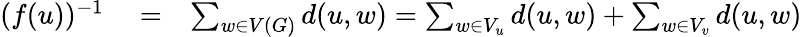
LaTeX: \begin{array}{rlr}{(f(u))^{-1}}&{{}=}&{\sum_{w\in V(G)}d(u,w)=\sum_{w\in V_{u}}d(u,w)+\sum_{w\in V_{v}}d(u,w)}\end{array}